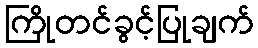
ကြိုတင်ခွင့်ပြုချက်